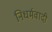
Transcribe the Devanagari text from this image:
निधर्मवादी